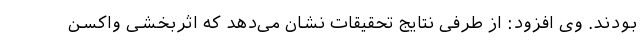
بودند. وی افزود: از طرفی نتایج تحقیقات نشان می‌دهد که اثربخشی واکسن